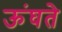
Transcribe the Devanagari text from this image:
ऊंघते